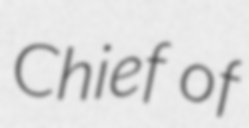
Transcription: Chief of